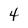
Character: 4